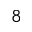
8